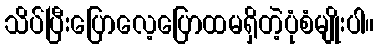
သိပ်ပြီးပြောလေ့ပြောထမရှိတဲ့ပုံစံမျိုးပါ။